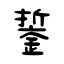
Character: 銴